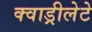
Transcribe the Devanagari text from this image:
क्वाड्रीलेटे